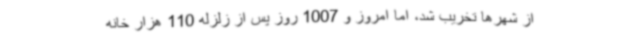
از شهرها تخریب شد، اما امروز و 1007 روز پس از زلزله 110 هزار خانه